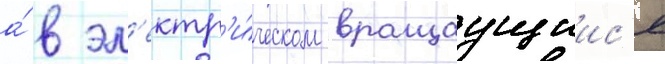
а́ в эл'ектр'и́ческом вращаущиис'я